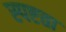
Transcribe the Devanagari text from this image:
स्‍पष्टता